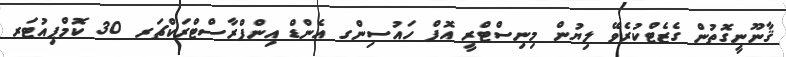
ޤާނޫނީގޮތުން ގެޒެޓްކުރެވޭ ލިޔުން މިނިސްޓްރީ އޮފް ހައުސިންގ އެންޑް އިންފްރާސްޓްރަކްޗަރ 30 ކޮމްޕިއުޓަރ